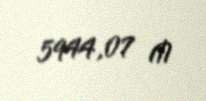
5944,07 ₼